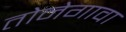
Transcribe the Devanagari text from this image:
तोनेगावा